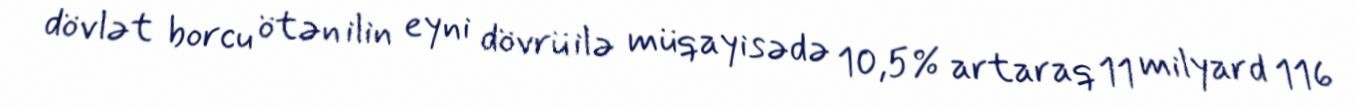
dövlət borcu ötən ilin eyni dövrü ilə müqayisədə 10,5% artaraq 11 milyard 116